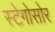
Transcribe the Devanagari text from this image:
स्टेगोसोर